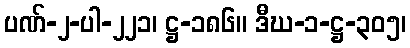
ပဏ်-၂-ပါ-၂၂၁၊ ဋ္ဌ-၁၈၆။ ဒီဃ-၁-ဋ္ဌ-၃၀၅၊